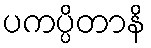
ပကပ္ပိတာနိ